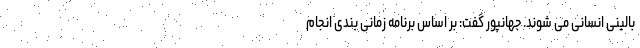
بالینی انسانی می شوند. جهانپور گفت: بر اساس برنامه زمانی بندی انجام